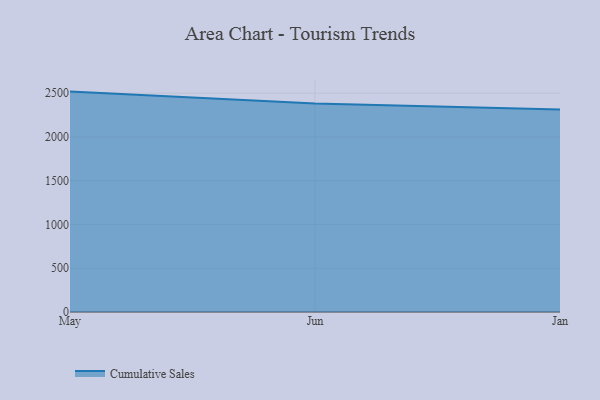
{"axis": {"x": "Month", "y": "Headcount"}, "legend": ["Cumulative Sales"], "data": [{"x": "May", "y": 2517.4, "type": "Cumulative Sales"}, {"x": "Jun", "y": 2382.0, "type": "Cumulative Sales"}, {"x": "Jan", "y": 2312.8, "type": "Cumulative Sales"}]}